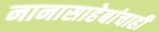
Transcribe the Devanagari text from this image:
नानासाहेबांचाही